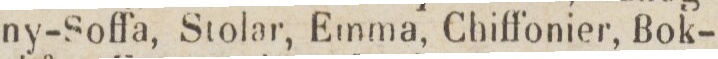
ny-Soffa, Stolar, Emma, Chiffonier, Bok-